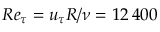
R e _ { \tau } = u _ { \tau } R / \nu = 1 2 \, 4 0 0